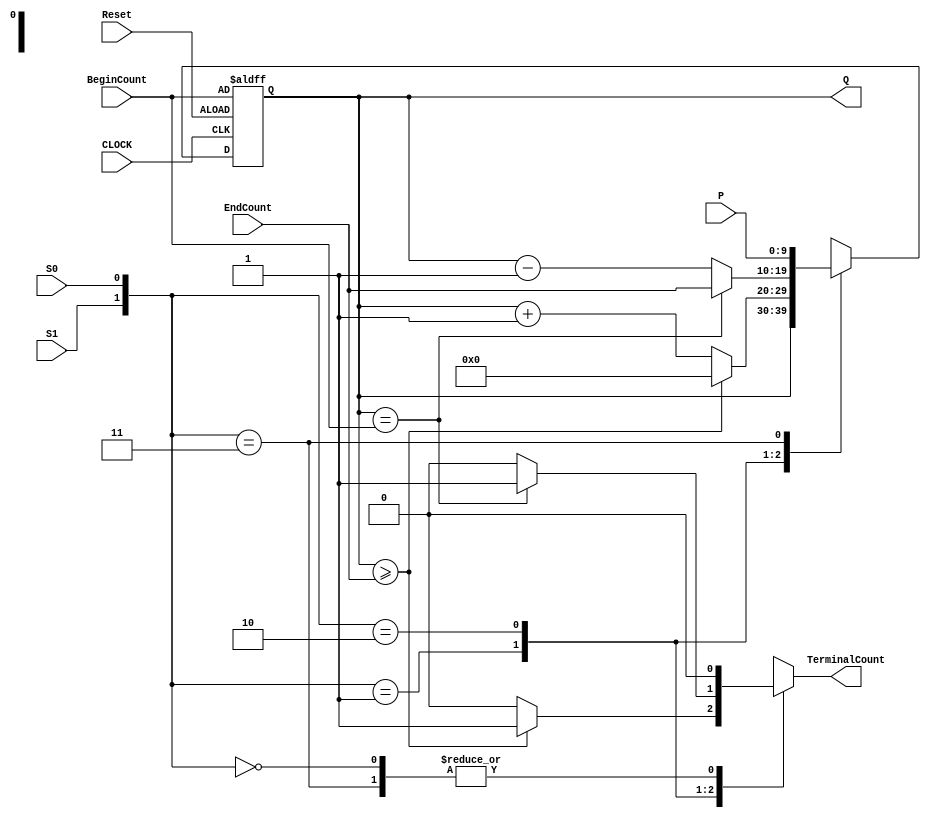
module UniversalCounter10bitsV5(P,BeginCount, EndCount, Q,S1,S0,TerminalCount, Reset, CLOCK) ;
parameter	length = 10;
input		S1, S0, Reset, CLOCK;
input	[length-1:0]	P, BeginCount, EndCount;
output 	reg [length-1:0]	Q;
output reg TerminalCount;	//TerminalCount=1 when the counter wraps around
reg	[length-1:0]	NextQ;

always @ (posedge CLOCK or posedge Reset)
	if(Reset==1)	Q <= BeginCount;
	else	Q<=NextQ;

always@(Q or S1 or S0 or P or EndCount or BeginCount)
	case ({S1,S0})
	2'b00:	begin NextQ <= Q;	TerminalCount<=0; end // hold
	2'b01:	begin if (Q>=EndCount) begin TerminalCount<=1; NextQ<=0; end
		else begin TerminalCount<=0; NextQ <= Q+1'b1;	end
		end // count up
	2'b10:	begin if (Q==BeginCount) begin TerminalCount<=1; NextQ<=EndCount; end
		else begin TerminalCount<=0; NextQ <= Q-1'b1;	end
		end // count down
	2'b11:	begin NextQ <= P; TerminalCount<=1'b0; end				// parallel load
	endcase
endmodule